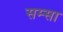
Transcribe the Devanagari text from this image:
सम्सा